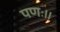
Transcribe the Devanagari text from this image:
पणः।।